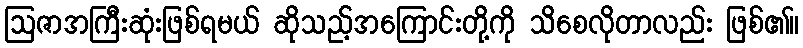
ဩဇာအကြီးဆုံးဖြစ်ရမယ် ဆိုသည့်အကြောင်းတို့ကို သိစေလိုတာလည်း ဖြစ်၏။